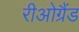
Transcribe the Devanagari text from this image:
रीओग्रैंड